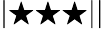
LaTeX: |\bigstar\bigstar\bigstar||